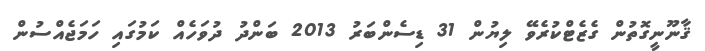
ޤާނޫނީގޮތުން ގެޒެޓްކުރެވޭ ލިޔުން 31 ޑިސެންބަރު 2013 ބަންދު ދުވަހެއް ކަމުގައި ހަމަޖެއްސުން